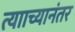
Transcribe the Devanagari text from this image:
त्यााच्यानंतर